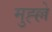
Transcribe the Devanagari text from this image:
मुह्ल्ले